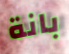
بانة